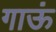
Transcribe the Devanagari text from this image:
गाऊं